Vaccination Hyderabad 1872-1889 - 1872-1889
Year: 1872
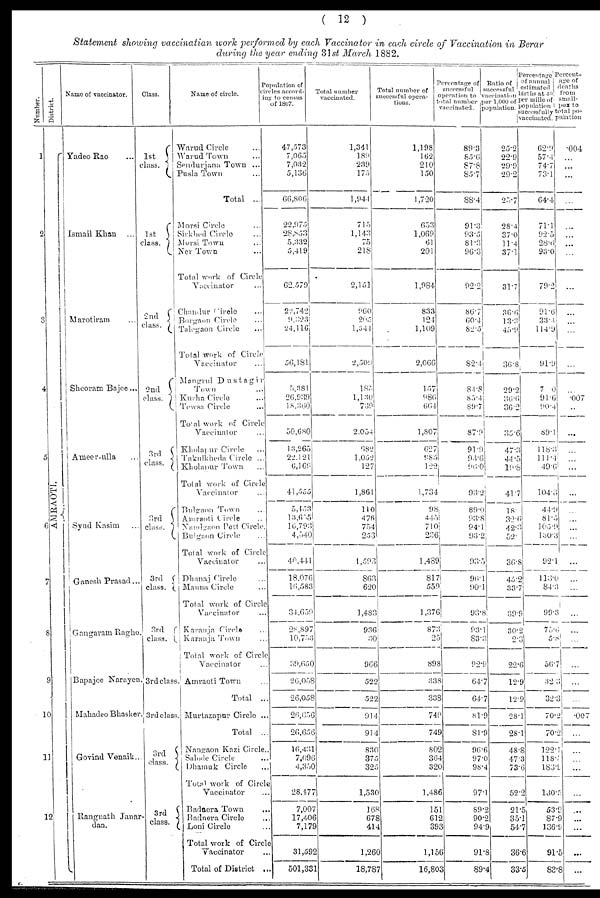
( 12 )
Statement showing vaccinatian work performed by each Vaccinator in each circle of Vaccination in Berar
during the year ending 31st March 1882.
Number.
1
2
3
4
5
6
7
8
9
10
11
12
District.
AMRAOTI.
Name of vaccinator.
Yadeo Rao ...
Ismail Khan
...
Marotiram ...
Sheoram Bajee...
Ameer-ulla ...
Syud Kasim ...
Ganesh Prasad...
Gangaram Ragho.
Bapajee Narayen.
Mahadeo Bhasker.
Govind Venaik...
Rangnath Janar¬
dan.
Class.
1st
class.
1st
class.
2nd
class.
2nd
class.
3rd
class.
3rd
class.
3rd
class.
3rd
class.
3rd class.
3rd class.
3rd
class.
3rd
class.
Name of circle.
Warud Circle ...
Warud Town ...
Sendurjana Town ...
Pusla Town ...
Total ...
Morsi Circle ...
Sirkhed Circle ...
Morsi Town ...
Ner Town ...
Total work of Circle
Vaccinator ...
Chandur Circle ...
Borgaon Circle ...
Talegaon Circle ...
Total work of Circle
Vaccinator ...
Mangrul Dustagir
Town ...
Kurha Circle ...
Tewsa Circle ...
Total work of Circle
Vaccinator ...
Kholapur Circle ...
Takulkheda Circle ...
Kholapur Town ...
Total work of Circle
Vaccinator ...
Buleaon Town ...
Amraoti Circle ...
Nandgaon Pett Circle.
Bulgaon Circle ...
Total work of Circle
Vaccinator ...
Dhanaj Circle ...
Manna Circle ...
Total work of Circle
Vaccinator ...
Karanja Circle ...
Karanja Town ...
Total work of Circle
Vaccinator
...
Amraoti Town ...
Total ...
Murtazapur. Circle ...
Total ...
Nangaon Kazi Circle...
Salode Circle ...
Dhamuk Circle ...
Total work of Circle
Vaccinator ...
Badnera Town
...
Badnera Circle ...
Loni Circle ...
Total work of Circle
Vaccinator ...
Total of District ...
Population of
circles accord-
ing to census
of 1867.
47,573
7,065
7,032
5,136
66,806
22,975
28,853
5,332
5,419
62,579
22,742
9,323
24,116
56,181
5,381
26,939
18,360
50,680
13,265
22,121
6,169
41,555
5,453
13,655
16,793
4,540
40,441
18,076
16,583
34,659
28,897
10,753
39,650
26,058
26,058
26,656
26,656
16,431
7,696
4,350
28,477
7,007
17,406
7,179
31,592
501,331
Total number
vaccinated.
1,341
189
239
175
1,944
715
1,143
75
218
2,151
960
205
1,344
2,509
185
1,130
739
2,054
682
1,052
127
1,861
110
476
754
253
1,593
863
620
1,483
936
30
966
522
522
914
914
830
375
325
1,530
168
678
414
1,260
18,787
Total number of
successful opera-
tions.
1,198
162
210
150
1,720
653
1,069
61
201
1,984
833
124
1,109
2,066
157
986
664
1,807
627
985
122
1,734
98
445
710
236
1,489
817
559
1,376
873
25
898
338
338
749
749
802
364
320
1,486
151
612
393
1,156
16,803
Percentage of
successful
operation to
total number
vaccinated.
89.3
85.6
87.8
85.7
88.4
91.3
93.5
81.3
96.3
92.2
86.7
60.4
82.5
82.4
84.8
85.4
89.7
87.9
91.9
93.6
96.0
93.2
89.0
93.8
94.1
93.2
93.5
96.1
90.1
93.8
93.1
83.3
92.9
64.7
64.7
81.9
81.9
96.6
97.0
98.4
97.1
89.2
90.2
94.9
91.8
89.4
Ratio of
successful
vaccination
per 1,000 of
population.
25.2
22.9
29.9
29.2
25.7
28.4
37.0
11.4
37.1
31.7
36.6
13.3
45.9
36.8
29.2
36.6
36.2
35.6
47.3
44.5
19.8
41.7
18.
32.6
42.3
52.
36.8
45.2
33.7
39.9
30.2
2.3
22.6
12.9
12.9
28.1
28.1
48.8
47.3
73.6
52.2
21.5
35.1
54.7
36.6
33.5
Percentage
of annual
estimated
births at 40
per mille of
population
successfully
vaccinated.
62.9
57.4
74.7
73.1
64.4
71.1
92.5
28.6
93.0
79.2
91.6
33.4
114.9
91.9
70.0
91.6
90.4
89.1
118.3
111.4
49.6
104.3
44.9
81.5
105.9
130.3
92.1
113.0
84.3
99.3
75.6
5.8
56.7
32.3
32.3
70.2
70.2
122.1
118.5
183.9
130.5
53.9
87.9
136.9
91.5
83.8
Percent-
age of
deaths
from
small-
pox to
total po-
pulation.
.004
...
...
...
...
...
...
...
...
...
...
...
...
...
...
.007
...
...
...
...
...
...
...
...
...
...
...
...
...
...
...
...
...
...
...
.007
...
...
...
...
...
...
...
...
...
...